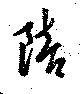
陪